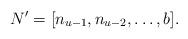
LaTeX: \begin{align*}N' = [n_{u-1},n_{u-2},\dots,b].\end{align*}